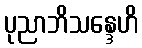
ပုညာဘိသန္ဒေဟိ